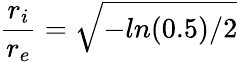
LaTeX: \frac{r_{i}}{r_{e}}=\sqrt{-ln(0.5)/2}